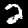
Digit: 2